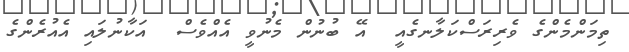
ތިމަންމެންގެ ވެރިރަސްކަލާނގެއީ  އޭ ބުނުން މެނުވީ އެއްވެސް  އަކާނުލައި އެއުރެންގެ